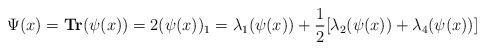
LaTeX: \begin{align*}\Psi(x) = \textbf{Tr}(\psi(x))=2(\psi(x))_1=\lambda_1(\psi(x))+\frac{1}{2}[\lambda_2(\psi(x))+\lambda_4(\psi(x))]\end{align*}